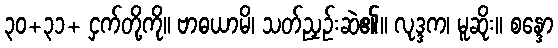
၃၀+၃၁+ ငှက်တို့ကို။ ဗာဓယာမိ၊ သတ်ညှဉ်းဆဲ၏။ လုဒ္ဒက၊ မူဆိုး။ စန္ဒော